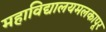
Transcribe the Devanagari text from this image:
महाविद्यालयमलकापूर